Scottish Leaving Certificate Examination, 1959
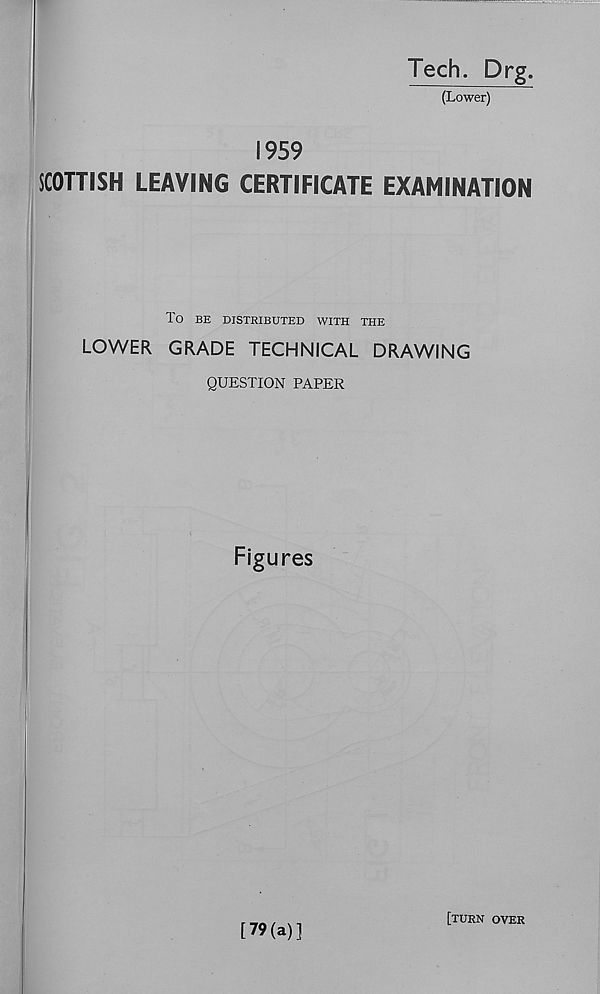
,
SCOTTISH
TO BE DISTRIBUTED WITH THE
LOWER GRADE TECHNICAL DRAWING
QUESTION PAPER
Figures
Tech. Drg.
(Lower)
1959
LEAVING CERTIFICATE EXAMINATION
[79(a)]
[TURN OVER